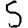
Digit: 5